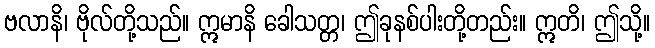
ဗလာနိ၊ ဗိုလ်တို့သည်။ ဣမာနိ ခေါသတ္တ၊ ဤခုနစ်ပါးတို့တည်း။ ဣတိ၊ ဤသို့။